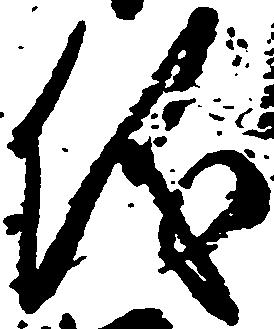
儀